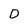
Character: D